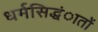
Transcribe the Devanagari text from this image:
धर्मसिद्धंातों